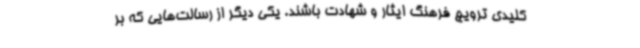
کلیدی ترویج فرهنگ ایثار و شهادت باشند. یکی دیگر از رسالت‌هایی که بر